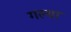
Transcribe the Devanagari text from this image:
गल्या